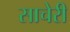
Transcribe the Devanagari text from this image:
साचेरी